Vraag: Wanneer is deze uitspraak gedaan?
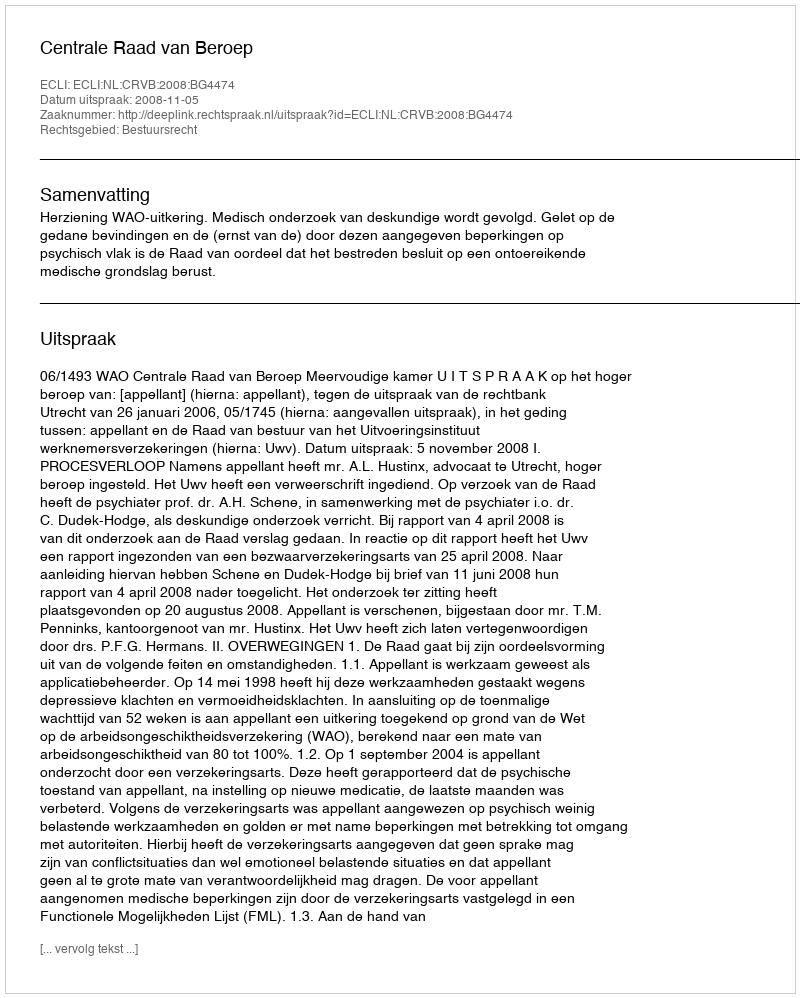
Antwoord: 2008-11-05